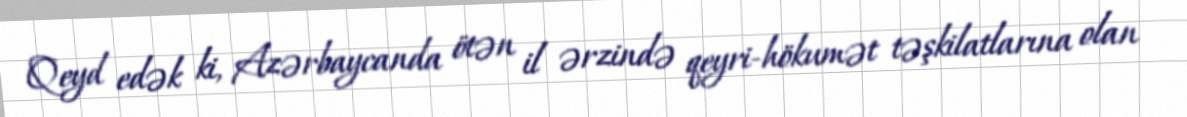
Qeyd edək ki, Azərbaycanda ötən il ərzində qeyri-hökumət təşkilatlarına olan